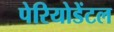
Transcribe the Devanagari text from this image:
पेरियोडेंटल